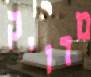
מדויק